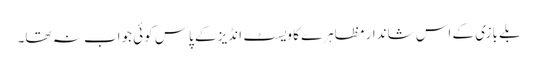
بلے بازی کے اس شاندار مظاہرے کا ویسٹ انڈیز کے پاس کوئی جواب نہ تھا۔